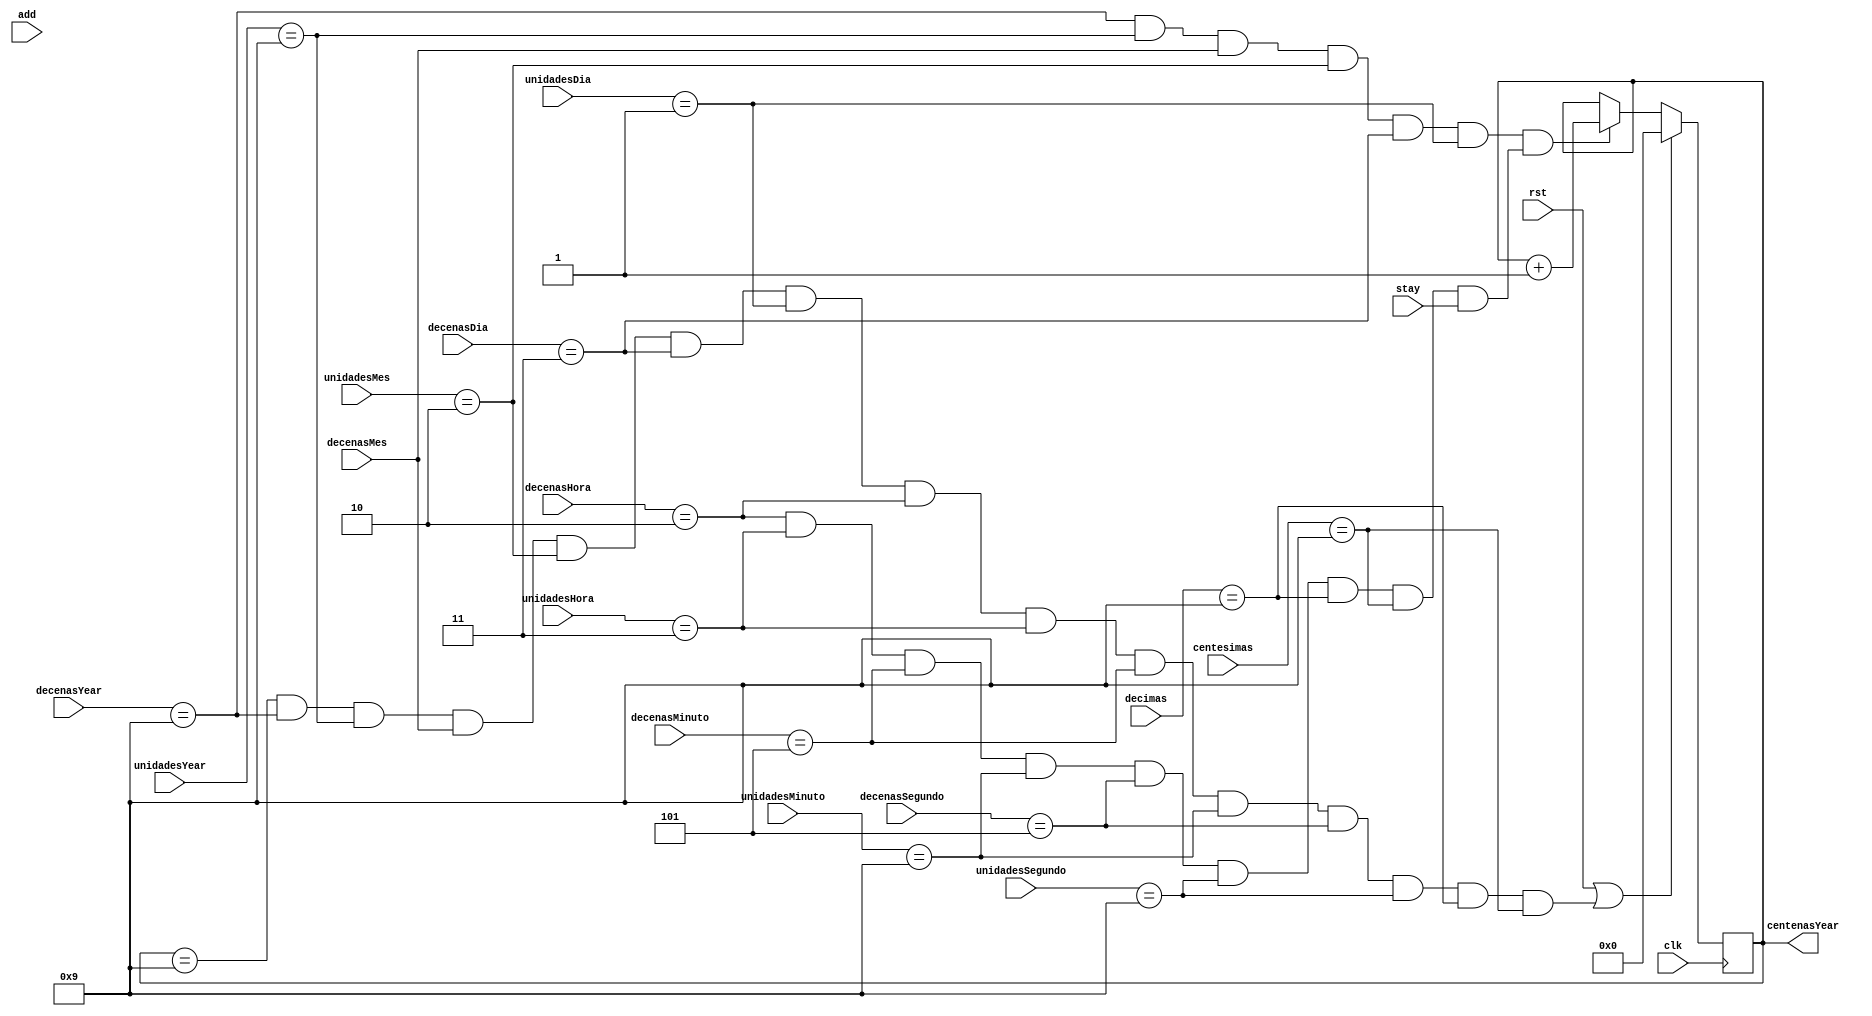
`timescale 1ns / 1ps
//////////////////////////////////////////////////////////////////////////////////
// Company: 
// Engineer: 
// 
// Design Name: 
// Module Name:    CentenasYear 
// Project Name: 
// Target Devices: 
// Tool versions: 
// Description: 
//
// Dependencies: 
//
// Revision: 
// Revision 0.01 - File Created
// Additional Comments: 
//
//////////////////////////////////////////////////////////////////////////////////
module CentenasYear(
	input clk,
	input stay,
	input add,
	input rst,
	input [3:0] decimas,
	input [3:0] centesimas,
	input [3:0] unidadesSegundo,
	input [2:0] decenasSegundo,
	input [3:0] unidadesMinuto,
	input [3:0] decenasMinuto,
	input [3:0] unidadesHora,
	input [1:0] decenasHora,
	input [3:0] unidadesDia,
	input [1:0] decenasDia,
	input [3:0] unidadesMes,
	input decenasMes,
	input [3:0] unidadesYear,
	input [3:0] decenasYear,
	output reg [3:0] centenasYear
    );
	 

	 
	 always @ (posedge clk)
		begin					////////////////////////MESES SON DE 0-11//////////////////////////////
			if (rst == 1 || (centenasYear == 9 && decenasYear == 9 && unidadesYear == 9 && decenasMes == 1 && unidadesMes == 2 && decenasDia == 3 && unidadesDia == 1 &&
															decenasHora == 2 && unidadesHora == 3 && decenasMinuto == 5 && unidadesMinuto == 9 && decenasSegundo == 5 && unidadesSegundo == 9 && decimas == 9 && centesimas == 9))
				begin 
					centenasYear <=0;
				end

			//agregar unidadesMes
			else if ((decenasYear == 9 && unidadesYear == 9 && decenasMes == 1 && unidadesMes == 2 && decenasDia == 3 && unidadesDia == 1) //ultimo dia del ao 0099
											&&(decenasHora == 2 && unidadesHora == 3 && decenasMinuto == 5 && unidadesMinuto == 9 && decenasSegundo == 5 && unidadesSegundo == 9 && decimas == 9 && centesimas == 9 && stay == 1))
				begin
					centenasYear <= centenasYear + 1;
				end
			
			
		end
		


endmodule